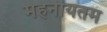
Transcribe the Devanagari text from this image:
महनीयतम